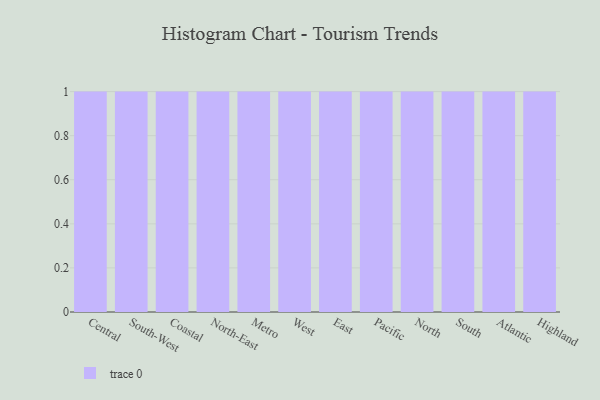
{"axis": {"x": "Region", "y": "Shipments"}, "legend": [""], "data": [{"x": "Central", "y": 50, "type": ""}, {"x": "South-West", "y": 41, "type": ""}, {"x": "Coastal", "y": 70, "type": ""}, {"x": "North-East", "y": 7, "type": ""}, {"x": "Metro", "y": 56, "type": ""}, {"x": "West", "y": 50, "type": ""}, {"x": "East", "y": 17, "type": ""}, {"x": "Pacific", "y": 46, "type": ""}, {"x": "North", "y": 86, "type": ""}, {"x": "South", "y": 38, "type": ""}, {"x": "Atlantic", "y": 95, "type": ""}, {"x": "Highland", "y": 92, "type": ""}]}